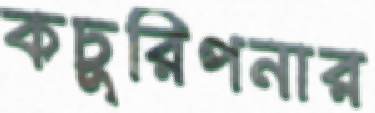
কচুরিপনার